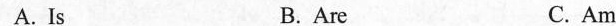
A. Is B. Are C. Am